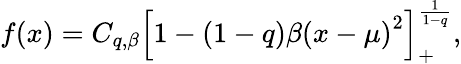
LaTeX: f(x)=C_{q,\beta}\left[1-(1-q)\beta\left(x-\mu\right)^{2}\right]_{+}^{\frac{1}{1-q}},